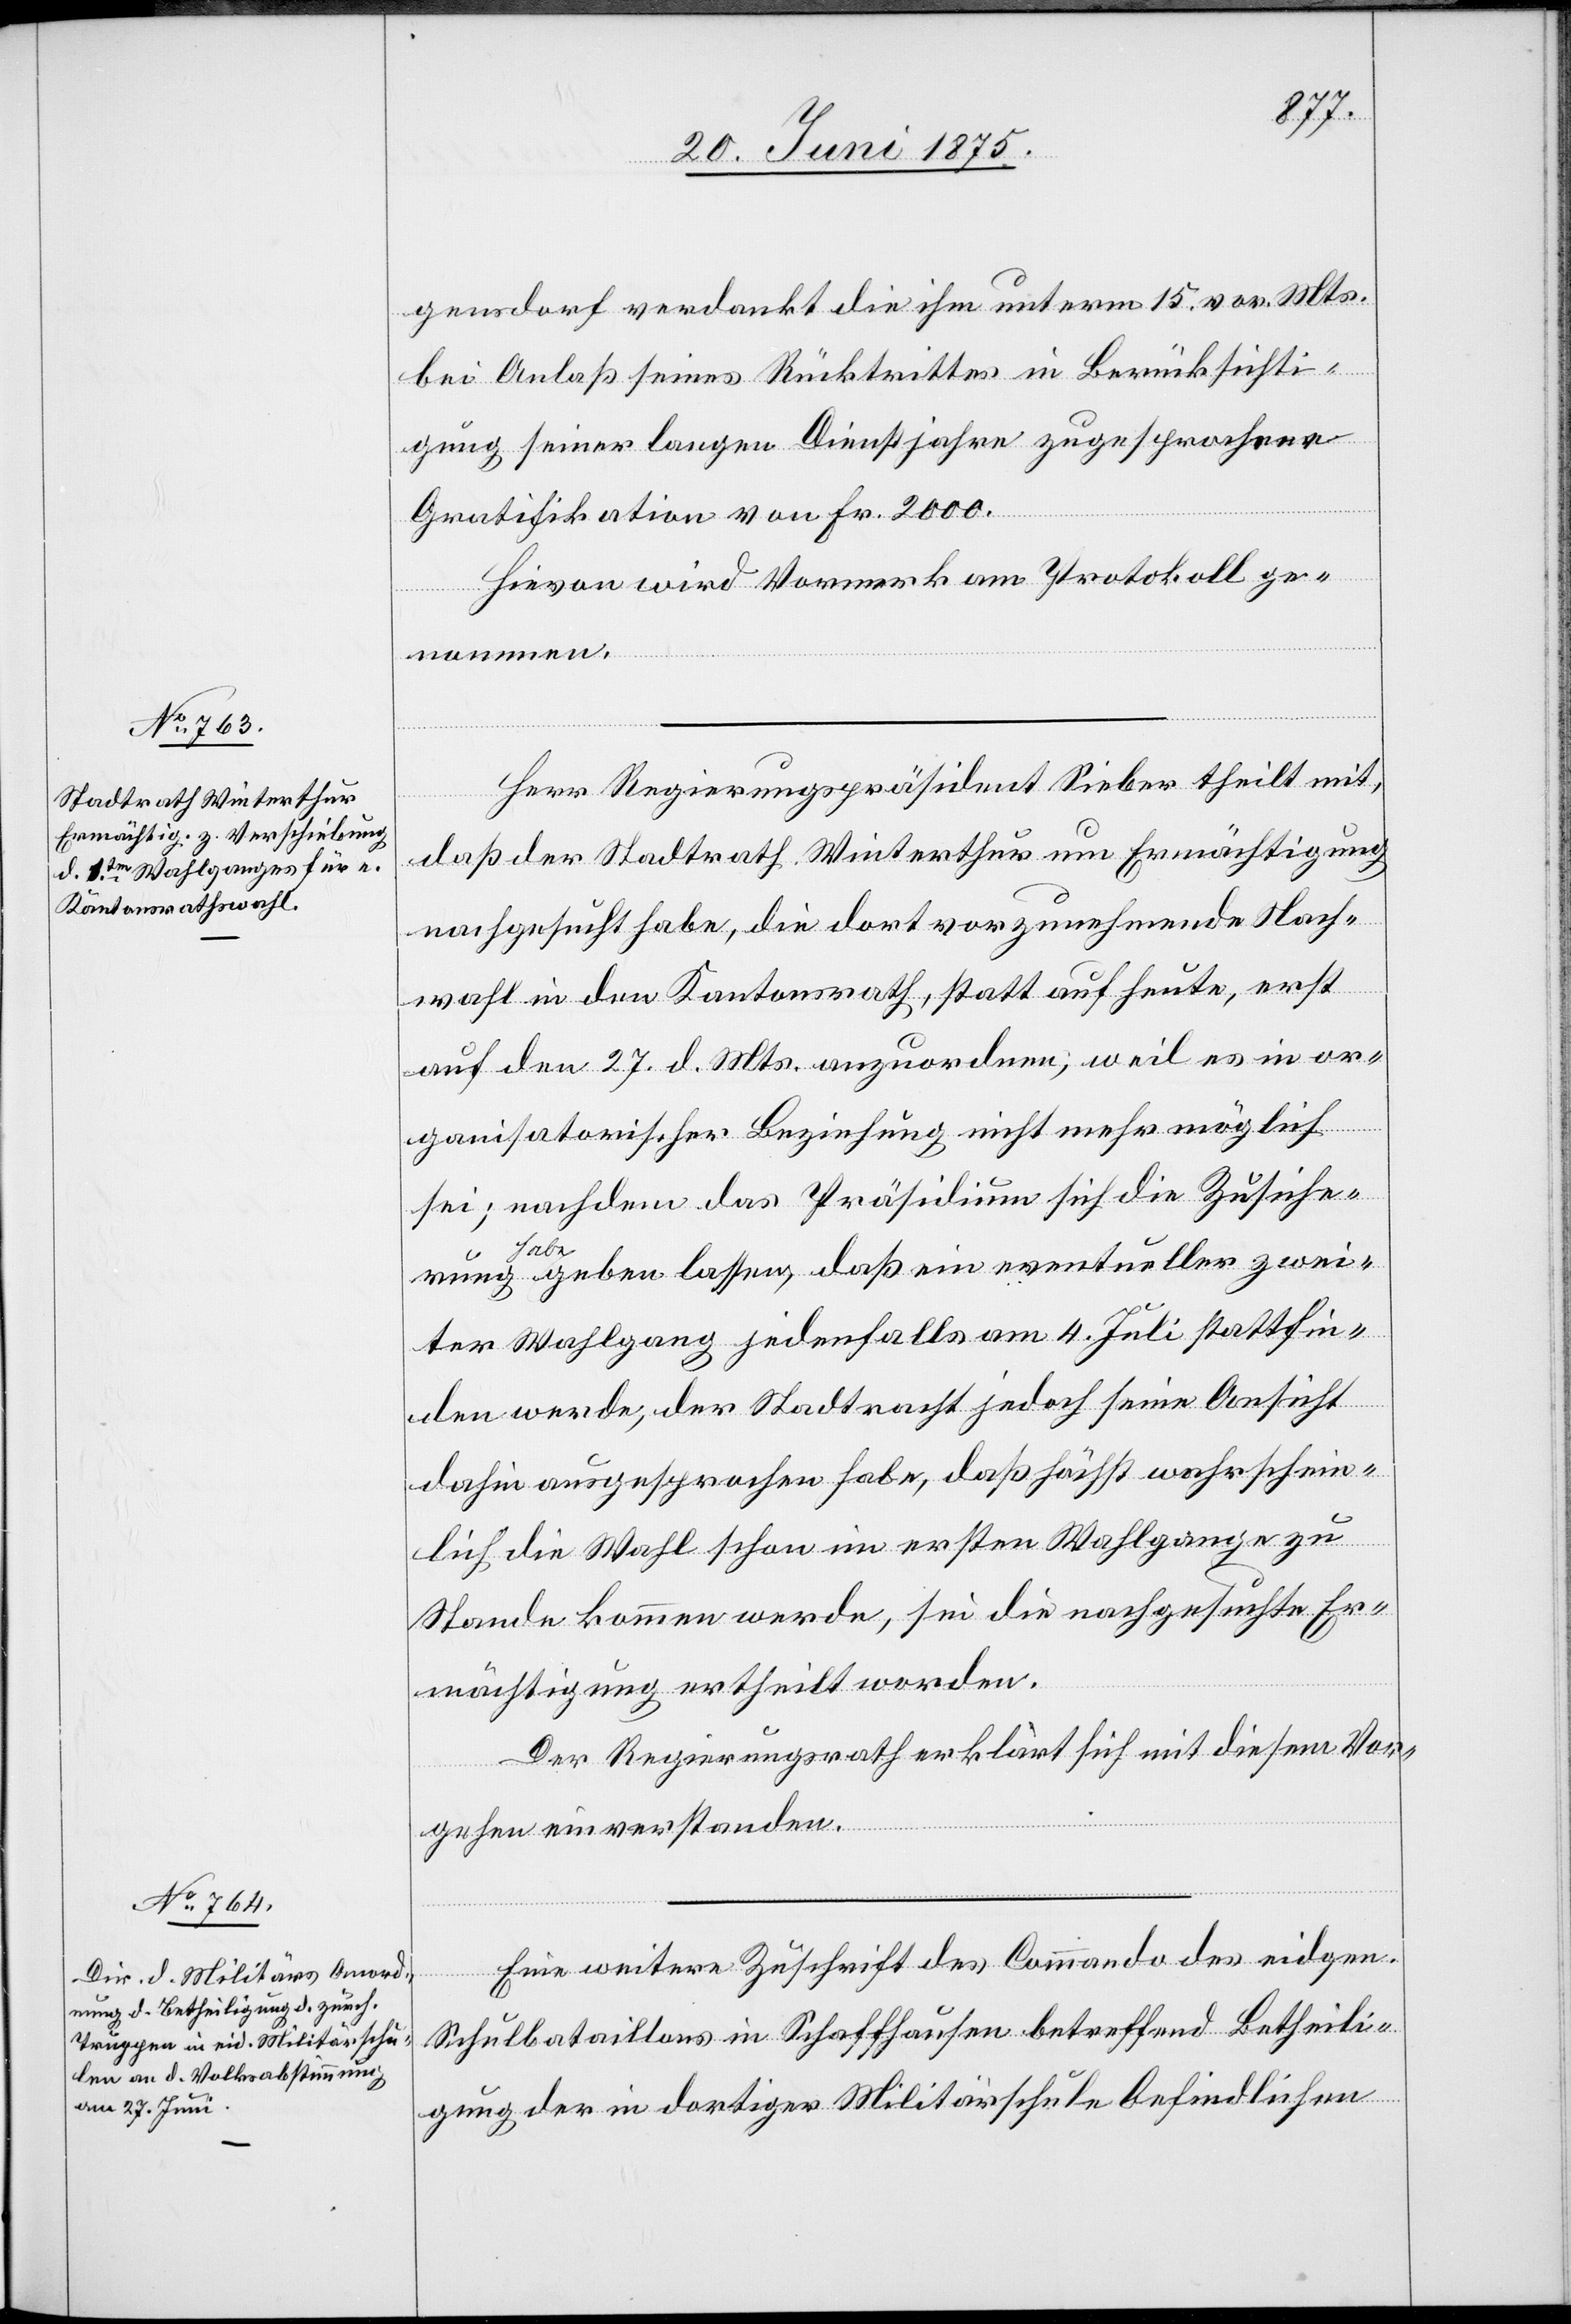
gensdorf verdankt die ihm unterm 15. vor. Mts.
bei Anlaß seines Rücktrittes in Berücksichti¬
gung seiner langen Dienstjahre zugesprochene
Gratifikation von Fr. 2000.
Hievon wird Vormerk am Protokoll ge¬
nommen.
Herr Regierungspräsident Sieber theilt mit,
daß der Stadtrath Winterthur um Ermächtigung
nachgesucht habe, die dort vorzunehmende Nach¬
wahl in den Kantonsrath, statt heute, erst
auf den 27. d. Mts. anzuordnen, weil es in or¬
ganisatorischer Beziehung nicht mehr möglich
sei; nachdem das Präsidium sich die Zusiche¬
rung habe geben lassen, daß ein eventueller zwei¬
ter Wahlgang jedenfalls am 4. Juli stattfin¬
den werde, der Stadtrath jedoch seine Ansicht
dahin ausgesprochen habe, daß höchst wahrschein¬
lich die Wahl schon im ersten Wahlgange zu
Stande kommen werde, sei die nachgesuchte Er¬
mächtigung ertheilt worden.
Der Regierungsrath erklärt sich mit diesem Vor¬
gehen einverstanden.
Eine weitere Zuschrift des Commando des eidgen.
Schulbataillons in Schaffhausen betreffend Betheili¬
gung der in dortiger Militärschule befindlichen